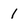
Character: 1